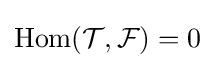
\operatorname {Hom} ({\mathcal {T}},{\mathcal {F}})=0